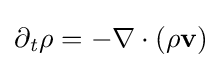
\partial _{\mathit {t}}{\mathit {\rho }}=-\nabla \cdot ({\mathit {\rho }}{\textbf {v}})